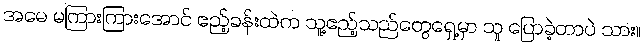
အမေ မကြားကြားအောင် ဧည့်ခန်းထဲက သူ့ဧည့်သည်တွေရှေ့မှာ သူ ပြောခဲ့တာပဲ သား။